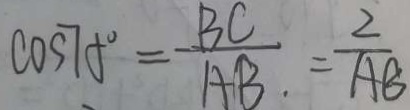
\cos 7 t ^ { \circ } = \frac { B C } { A B } = \frac { 2 } { A B }